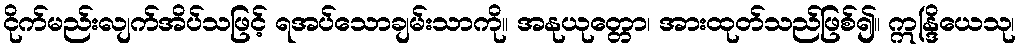
ငိုက်မည်းလျက်အိပ်သဖြင့် ရအပ်သောချမ်းသာကို။ အနုယုတ္တော၊ အားထုတ်သည်ဖြစ်၍။ ဣန္ဒြိယေသု၊